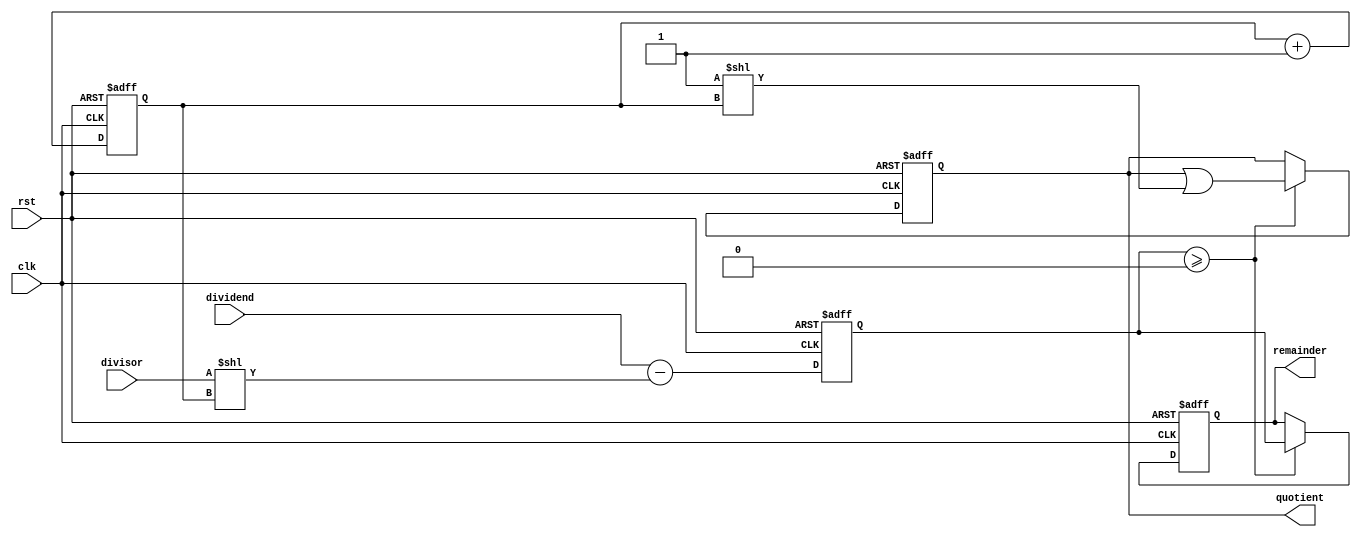
module srt_divider(
    input wire clk,
    input wire rst,
    input wire [15:0] dividend,
    input wire [15:0] divisor,
    output reg [15:0] quotient,
    output reg [15:0] remainder
);

reg [15:0] subtractor_out;
reg [3:0] shift_count;

always @(posedge clk or posedge rst) begin
    if (rst) begin
        quotient <= 16'h0;
        remainder <= 16'h0;
        subtractor_out <= 16'h0;
        shift_count <= 4'b0;
    end else begin
        subtractor_out <= dividend - (divisor << shift_count);
        
        if (subtractor_out >= 16'h0) begin
            quotient <= quotient | (1 << shift_count);
            remainder <= subtractor_out;
            shift_count <= shift_count + 1;
        end else begin
            shift_count <= shift_count + 1;
        end
    end
end

endmodule